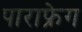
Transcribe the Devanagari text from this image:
पाराफ्रेग